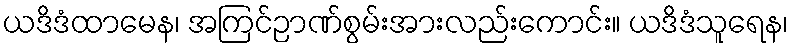
ယဒိဒံထာမေန၊ အကြင်ဉာဏ်စွမ်းအားလည်းကောင်း။ ယဒိဒံသူရေန၊